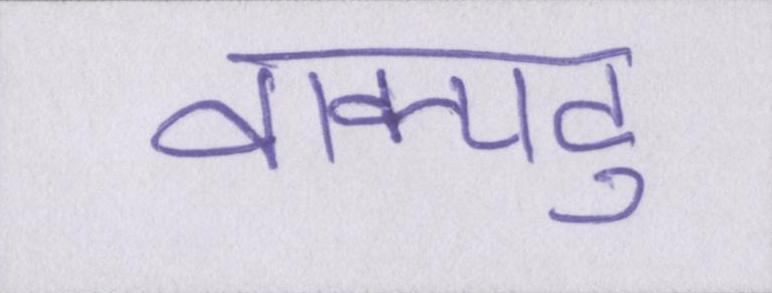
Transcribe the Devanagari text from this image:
वाक्पटु